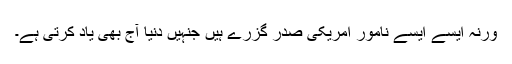
ورنہ ایسے ایسے نامور امریکی صدر گزرے ہیں جنہیں دنیا آج بھی یاد کرتی ہے۔